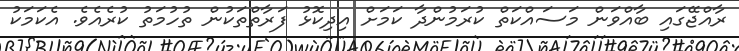
ރާއްޖޭގައި ބާއްވަން މަސައްކަތް ކުރަމުންދާ ކަމަށް އިދިކޮޅު ފަރާތްތަކުން ތުހުމަތު ކުރެއެވެ. އެކަމަކު